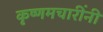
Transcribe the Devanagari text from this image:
कृष्णमचारींनी